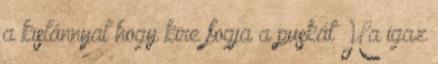
a kislánnyal hogy kire fogja a puskát Ha igaz